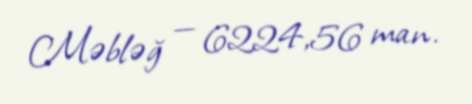
Məbləğ — 6224,56 man.